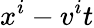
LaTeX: x^{i}-v^{i}t